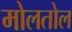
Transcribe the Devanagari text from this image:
मोलतोल